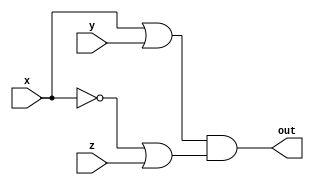
// This program was cloned from: https://github.com/Aryavardhan37/Verilog_codes
// License: MIT License

module q3 (
    input wire x,
    input wire y,
    input wire z,
    output wire out
);

    assign out = (x | y) & (~x | z);
endmodule